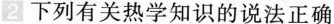
2 下列有关热学知识的说法正确